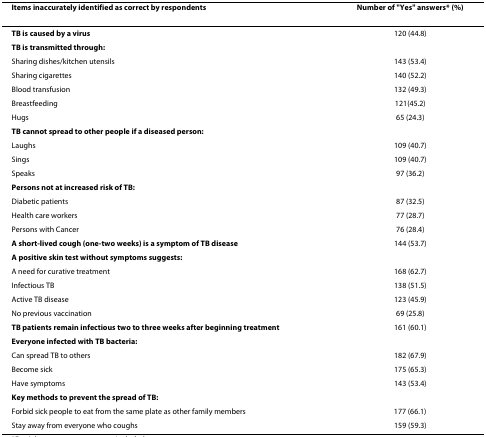
<table><thead><tr><td><b>Items inaccurately identified as correct by respondents</b></td><td><b>Number of &quot;Yes&quot; answers* (%)</b></td></tr></thead><tbody><tr><td><b>TB is caused by a virus</b></td><td>120 (44.8)</td></tr><tr><td><b>TB is transmitted through:</b></td><td></td></tr><tr><td>Sharing dishes/kitchen utensils</td><td>143 (53.4)</td></tr><tr><td>Sharing cigarettes</td><td>140 (52.2)</td></tr><tr><td>Blood transfusion</td><td>132 (49.3)</td></tr><tr><td>Breastfeeding</td><td>121(45.2)</td></tr><tr><td>Hugs</td><td>65 (24.3)</td></tr><tr><td><b>TB cannot spread to other people if a diseased person:</b></td><td></td></tr><tr><td>Laughs</td><td>109 (40.7)</td></tr><tr><td>Sings</td><td>109 (40.7)</td></tr><tr><td>Speaks</td><td>97 (36.2)</td></tr><tr><td><b>Persons not at increased risk of TB:</b></td><td></td></tr><tr><td>Diabetic patients</td><td>87 (32.5)</td></tr><tr><td>Health care workers</td><td>77 (28.7)</td></tr><tr><td>Persons with Cancer</td><td>76 (28.4)</td></tr><tr><td><b>A short-lived cough (one-two weeks) is a symptom of TB disease</b></td><td>144 (53.7)</td></tr><tr><td><b>A positive skin test without symptoms suggests:</b></td><td></td></tr><tr><td>A need for curative treatment</td><td>168 (62.7)</td></tr><tr><td>Infectious TB</td><td>138 (51.5)</td></tr><tr><td>Active TB disease</td><td>123 (45.9)</td></tr><tr><td>No previous vaccination</td><td>69 (25.8)</td></tr><tr><td><b>TB patients remain infectious two to three weeks after beginning treatment</b></td><td>161 (60.1)</td></tr><tr><td><b>Everyone infected with TB bacteria:</b></td><td></td></tr><tr><td>Can spread TB to others</td><td>182 (67.9)</td></tr><tr><td>Become sick</td><td>175 (65.3)</td></tr><tr><td>Have symptoms</td><td>143 (53.4)</td></tr><tr><td><b>Key methods to prevent the spread of TB:</b></td><td></td></tr><tr><td>Forbid sick people to eat from the same plate as other family members</td><td>177 (66.1)</td></tr><tr><td>Stay away from everyone who coughs</td><td>159 (59.3)</td></tr></tbody></table>